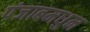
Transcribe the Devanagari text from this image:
पंजाबमधुन